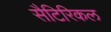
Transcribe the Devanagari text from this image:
सैटिरिकल